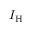
{ \cal I } _ { \mathrm { H } }